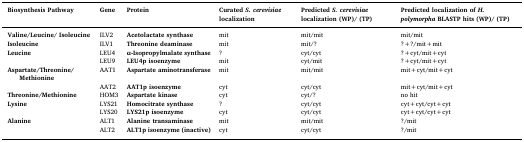
<table><thead><tr><td><b>Biosynthesis Pathway</b></td><td><b>Gene</b></td><td><b>Protein</b></td><td><b>Curated<i>S. cerevisiae</i>localization</b></td><td><b>Predicted<i>S. cerevisiae</i>localization (WP)/ (TP)</b></td><td><b>Predicted localization of<i>H. polymorpha</i>BLASTP hits (WP)/ (TP)</b></td></tr></thead><tbody><tr><td><b>Valine/Leucine/ Isoleucine</b></td><td>ILV2</td><td><b>Acetolactate synthase</b></td><td>mit</td><td>mit/mit</td><td>mit/mit</td></tr><tr><td><b>Isoleucine</b></td><td>ILV1</td><td><b>Threonine deaminase</b></td><td>mit</td><td>mit/?</td><td>?+?/mit+mit</td></tr><tr><td><b>Leucine</b></td><td>LEU4</td><td><b>α-Isopropylmalate synthase</b></td><td>?</td><td>cyt/cyt</td><td>?+cyt/mit+cyt</td></tr><tr><td></td><td>LEU9</td><td><b>LEU4p isoenzyme</b></td><td>mit</td><td>cyt/mit</td><td>?+cyt/mit+cyt</td></tr><tr><td><b>Aspartate/Threonine/ Methionine</b></td><td>AAT1</td><td><b>Aspartate aminotransferase</b></td><td>mit</td><td>mit/mit</td><td>mit+cyt/mit+cyt</td></tr><tr><td></td><td>AAT2</td><td><b>AAT1p isoenzyme</b></td><td>cyt</td><td>cyt/cyt</td><td>mit+cyt/mit+cyt</td></tr><tr><td><b>Threonine/Methionine</b></td><td>HOM3</td><td><b>Aspartate kinase</b></td><td>cyt</td><td>cyt/?</td><td>no hit</td></tr><tr><td><b>Lysine</b></td><td>LYS21</td><td><b>Homocitrate synthase</b></td><td>?</td><td>cyt/cyt</td><td>cyt+cyt/cyt+cyt</td></tr><tr><td></td><td>LYS20</td><td><b>LYS21p isoenzyme</b></td><td>cyt</td><td>cyt/cyt</td><td>cyt+cyt/cyt+cyt</td></tr><tr><td><b>Alanine</b></td><td>ALT1</td><td><b>Alanine transaminase</b></td><td>mit</td><td>mit/mit</td><td>?/mit</td></tr><tr><td></td><td>ALT2</td><td><b>ALT1p isoenzyme (inactive)</b></td><td>cyt</td><td>cyt/cyt</td><td>?/mit</td></tr></tbody></table>